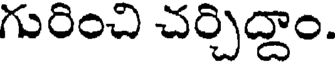
గురించి చర్చిద్దాం.